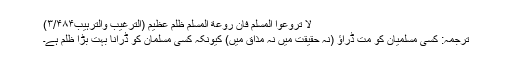
لا تُرَوِّعُوْا الْمُسْلِمَ فَاِنَّ رَوْعَةَ المسلم ظلم عظیم (الترغیب والترہیب۳/۴۸۴)
ترجمہ: کسی مسلمیان کو مت ڈراؤ (نہ حقیقت میں نہ مذاق میں) کیونکہ کسی مسلمان کو ڈرانا بہت بڑا ظلم ہے۔